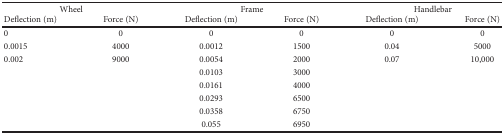
<table><thead><tr><td colspan="2"><b>Wheel</b></td><td colspan="2"><b>Frame</b></td><td colspan="2"><b>Handlebar</b></td></tr><tr><td><b>Deflection (m)</b></td><td><b>Force (N)</b></td><td><b>Deflection (m)</b></td><td><b>Force (N)</b></td><td><b>Deflection (m)</b></td><td><b>Force (N)</b></td></tr></thead><tbody><tr><td>0</td><td>0</td><td>0</td><td>0</td><td>0</td><td>0</td></tr><tr><td>0.0015</td><td>4000</td><td>0.0012</td><td>1500</td><td>0.04</td><td>5000</td></tr><tr><td>0.002</td><td>9000</td><td>0.0054</td><td>2000</td><td>0.07</td><td>10,000</td></tr><tr><td></td><td></td><td>0.0103</td><td>3000</td><td></td><td></td></tr><tr><td></td><td></td><td>0.0161</td><td>4000</td><td></td><td></td></tr><tr><td></td><td></td><td>0.0293</td><td>6500</td><td></td><td></td></tr><tr><td></td><td></td><td>0.0358</td><td>6750</td><td></td><td></td></tr><tr><td></td><td></td><td>0.055</td><td>6950</td><td></td><td></td></tr></tbody></table>